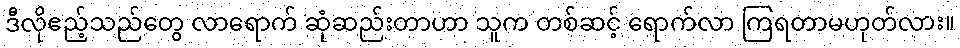
ဒီလိုဧည့်သည်တွေ လာရောက် ဆုံဆည်းတာဟာ သူက တစ်ဆင့် ရောက်လာ ကြရတာမဟုတ်လား။